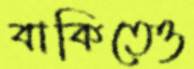
বাকিতেও